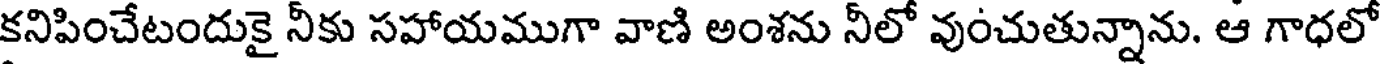
కనిపించేటందుకై నీకు సహాయముగా వాణి అంశను నీలో వుంచుతున్నాను. ఆ గాధలో